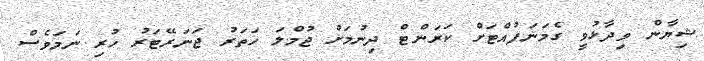
ޝިޔާން ވިދާޅުވީ ގެމަނަފުއްޓަށް ކަރަންޓް ދިނުމަށް ޖުމްލަ ހަތަރު ޖަނަރޭޓަރު ހުރި ނަމަވެސް